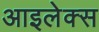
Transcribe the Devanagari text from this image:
आइलेक्स